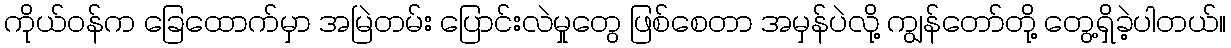
ကိုယ်ဝန်က ခြေထောက်မှာ အမြဲတမ်း ပြောင်းလဲမှုတွေ ဖြစ်စေတာ အမှန်ပဲလို့ ကျွန်တော်တို့ တွေ့ရှိခဲ့ပါတယ်။